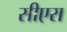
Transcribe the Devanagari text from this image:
सीएरा